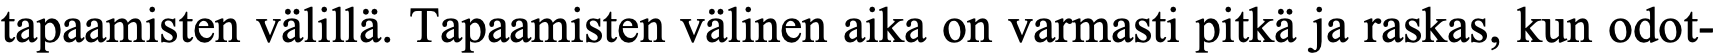
tapaamisten välillä. Tapaamisten välinen aika on varmasti pitkä ja raskas, kun odot-